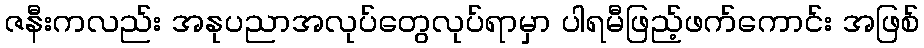
ဇနီးကလည်း အနုပညာအလုပ်တွေလုပ်ရာမှာ ပါရမီဖြည့်ဖက်ကောင်း အဖြစ်